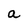
Character: a